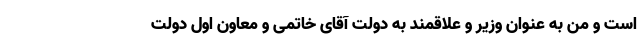
است و من به عنوان وزیر و علاقمند به دولت آقای خاتمی و معاون اول دولت